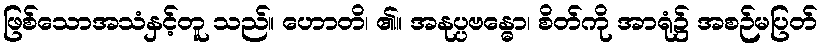
ဖြစ်သောအသံနှင့်တူ သည်။ ဟောတိ၊ ၏။ အနုပ္ပဗန္ဓော၊ စိတ်ကို အာရုံ၌ အစဉ်မပြတ်